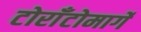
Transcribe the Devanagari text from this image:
टोराँटोमार्गे